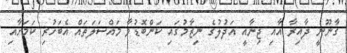
ގާނޫނީ ދާއިރާ އާއި ޖިނާއީ އަދުލުގެ ނިޒާމުގައި ކަންބޮޑުވާ މައްސަލަތައް އެބަހުރި ކަމަށާއި